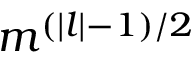
m ^ { ( | l | - 1 ) / 2 }